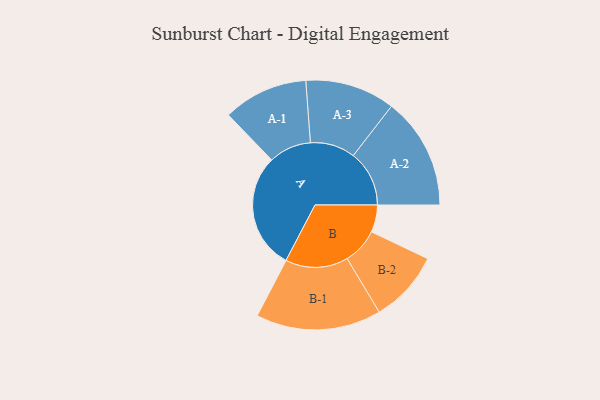
{"axis": {"x": "Segment", "y": "Value"}, "legend": ["", "A", "B"], "data": [{"x": "A", "y": 465, "type": ""}, {"x": "B", "y": 109, "type": ""}, {"x": "A-1", "y": 170, "type": "A"}, {"x": "A-2", "y": 224, "type": "A"}, {"x": "A-3", "y": 180, "type": "A"}, {"x": "B-1", "y": 251, "type": "B"}, {"x": "B-2", "y": 144, "type": "B"}]}